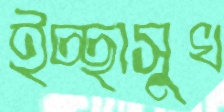
ইচ্ছাসুখ